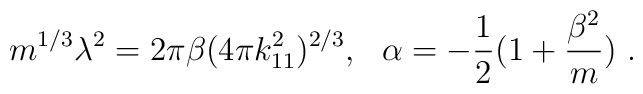
m^{1/3} \lambda^2 = 2  \pi \beta (4 \pi k_{11}^2 )^{2/3}, \ \ \alpha = -{1 \over 2} (1 + {\beta^2 \over m }) \ .